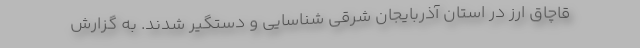
قاچاق ارز در استان آذربایجان شرقی شناسایی و دستگیر شدند. به گزارش